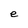
Character: e